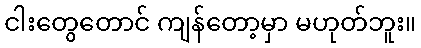
ငါးတွေတောင် ကျန်တော့မှာ မဟုတ်ဘူး။